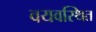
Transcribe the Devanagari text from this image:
वयवस्थित